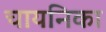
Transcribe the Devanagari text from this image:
चायनिका